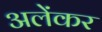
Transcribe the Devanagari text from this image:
अलेंकर